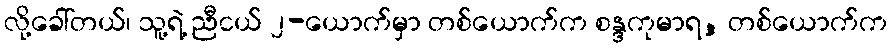
လို့ခေါ်တယ်၊ သူ့ရဲ့ ညီငယ် ၂-ယောက်မှာ တစ်ယောက်က စန္ဒကုမာရ, တစ်ယောက်က